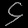
Digit: ၄